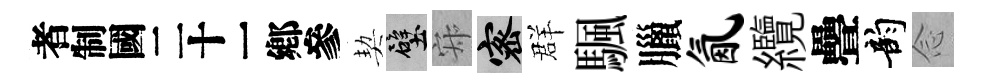
识契壁寂密群颿臘氤纜疊韵𫝹